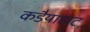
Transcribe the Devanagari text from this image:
कडैयाहाट